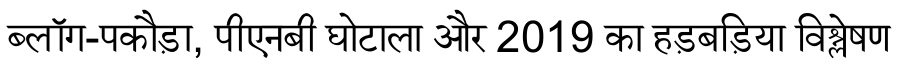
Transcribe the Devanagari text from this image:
ब्लॉग-पकौड़ा, पीएनबी घोटाला और 2019 का हड़बड़िया विश्लेषण